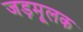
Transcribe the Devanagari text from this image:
जड़मूलक